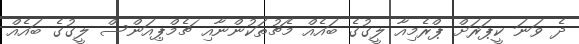
ދެ ވަނަ ކީޕަރަށް ޕްރެމިއާ ލީގުގެ ބައެއް މެޗުތަކުންނާއި ޗެމްޕިއަންސް ލީގުގެ ބައެއް